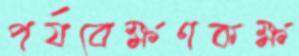
পর্যবেক্ষণকক্ষ